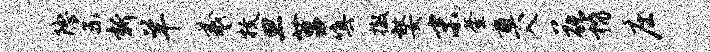
隐系新羊羲枚旦莒嗔撤嫠末釜奠入花稽庄